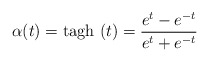
\begin{align*}\alpha (t)=\mbox{tagh}\ (t)=\frac{e^t-e^{-t}}{e^t+e^{-t}}\end{align*}